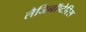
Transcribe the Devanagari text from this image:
लैजिनॉप्टेरिस